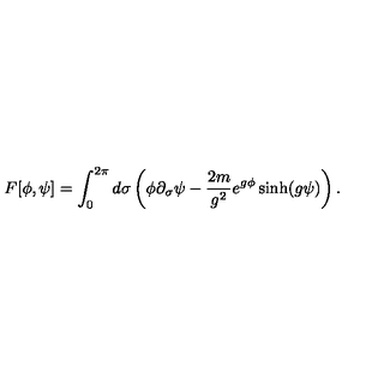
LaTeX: F [ \phi , \psi ] = \int _ { 0 } ^ { 2 \pi } d \sigma \left( \phi \partial _ { \sigma } \psi - { \frac { 2 m } { g ^ { 2 } } } e ^ { g \phi } \sinh ( g \psi ) \right) .